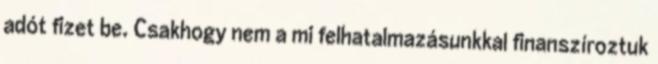
adót fizet be. Csakhogy nem a mi felhatalmazásunkkal finanszíroztuk